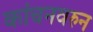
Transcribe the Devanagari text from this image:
कांचनवरुन